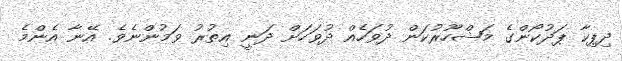
ދިޕިކާ ޕަދުކޯންގެ މަޝްހޫރުކަން ދުވަހެއް ދުވަހަަށް ދަނީ އިތުރު ވަމުންނެވެ. އޭނާ އެންމެ